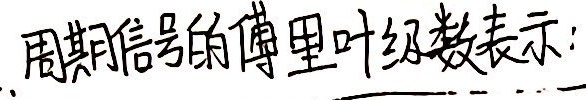
周期信号的傅里叶级数表示: